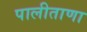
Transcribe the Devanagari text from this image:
पालीताणा